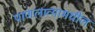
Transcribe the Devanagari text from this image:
पाणलाव्यामधील